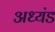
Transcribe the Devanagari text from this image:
अध्यंड